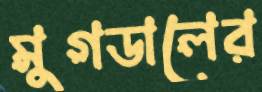
মুগডালের